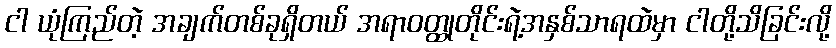
ငါ ယုံကြည်တဲ့ အချက်တစ်ခုရှိတယ် အရာဝတ္ထုတိုင်းရဲ့အနှစ်သာရထဲမှာ ငါတို့သိခြင်းလို့